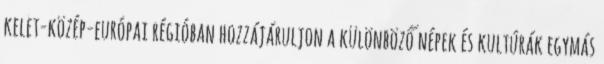
kelet-közép-európai régióban hozzájáruljon a különböző népek és kultúrák egymás